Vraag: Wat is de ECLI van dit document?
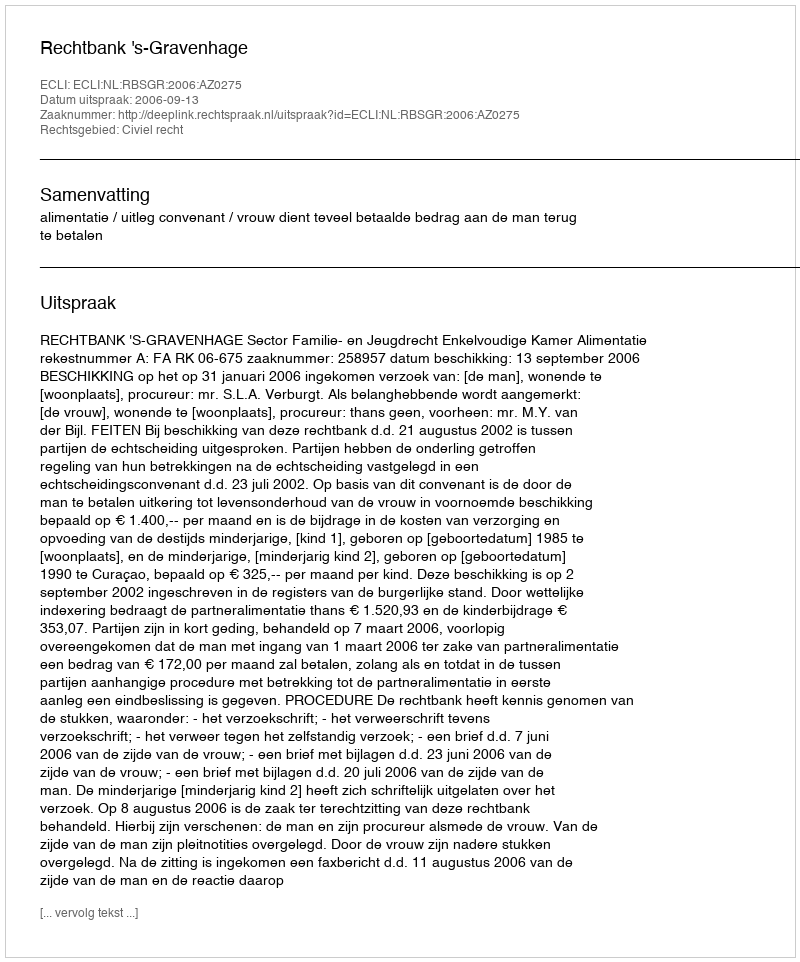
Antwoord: ECLI:NL:RBSGR:2006:AZ0275